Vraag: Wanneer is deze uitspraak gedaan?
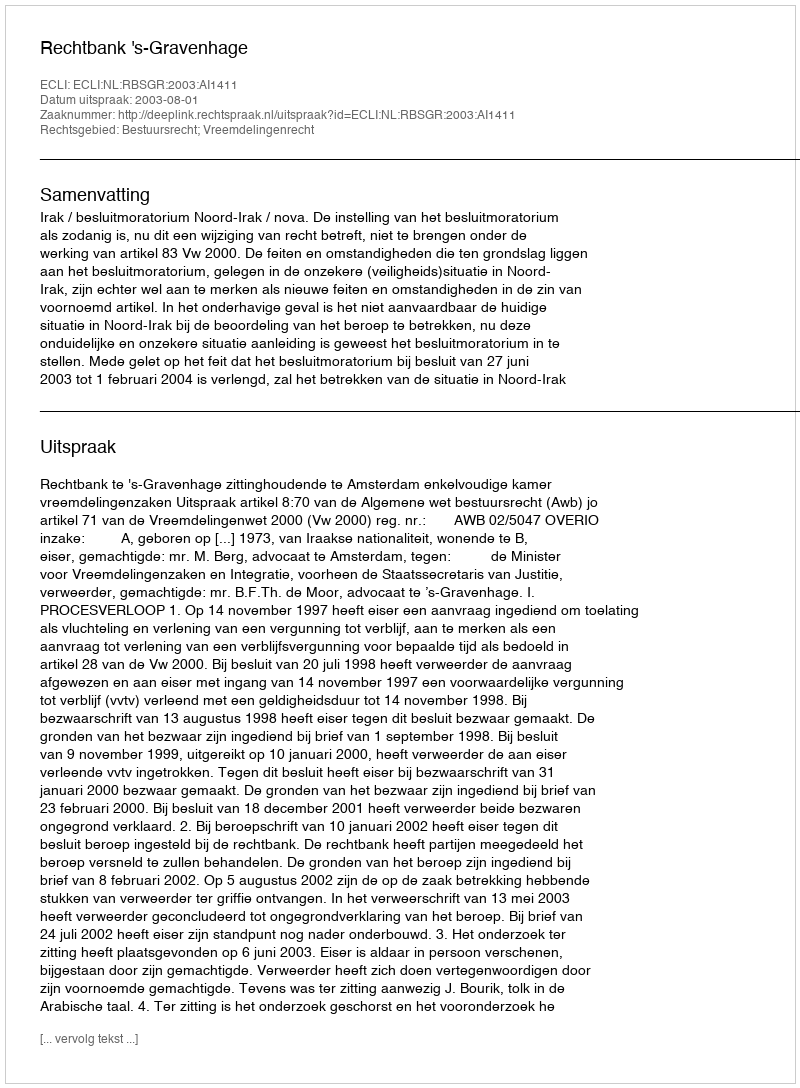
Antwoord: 2003-08-01